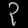
Digit: ၃